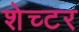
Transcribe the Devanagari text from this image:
शेच्टर